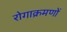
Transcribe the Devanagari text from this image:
रोगाक्रमणों